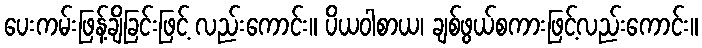
ပေးကမ်းဖြန့်ချိခြင်းဖြင့် လည်းကောင်း။ ပိယဝါစာယ၊ ချစ်ဖွယ်စကားဖြင့်လည်းကောင်း။